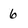
Character: 6